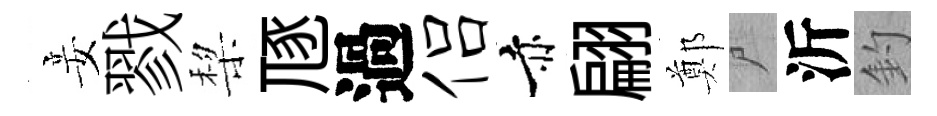
妾戮棃豗過侣赤翩鄭尸沂釣